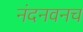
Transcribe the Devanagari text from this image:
नंदनवनच